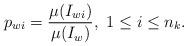
LaTeX: \begin{align*}p_{wi}=\frac{\mu(I_{wi})}{\mu(I_w)},\,\,1\leq i\leq n_k.\end{align*}